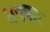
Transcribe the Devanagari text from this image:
गफ्फा